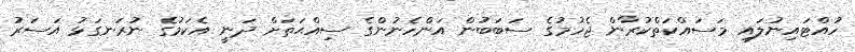
ހުއްޓައިނުލައި މަސައްކަތްކުރާން ޖެހުމުގެ ސަބަބުން އަންހެނުންގެ ސިއްޙަތަށް ދަނީ އެކަމުގެ ނުރަނގަޅު އަސަރު